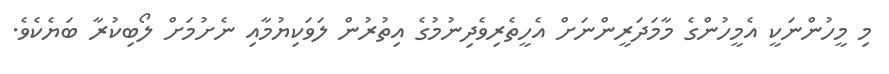
މި މީހުންނަކީ އެމީހުންގެ މާމަދަރީންނަށް އެހީތެރިވެދިނުމުގެ އިތުރުން ލަވަކިޔުމާއި ނެށުމަށް ލޯބިކުރާ ބަޔެކެވެ.